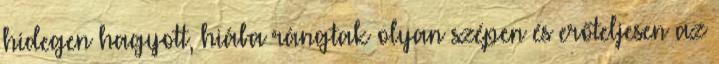
hidegen hagyott, hiába rángtak olyan szépen és erőteljesen az